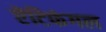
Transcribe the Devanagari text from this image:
ऐंटिफंगल